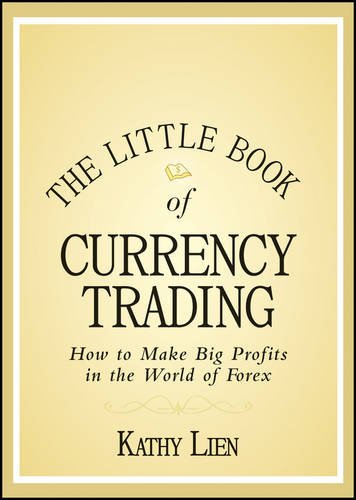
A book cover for The Little Book of Currency Trading: How to Make Big Profits in the World of Forex; Kathy Lien; Business & Money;